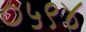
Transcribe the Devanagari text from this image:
०५९४